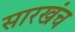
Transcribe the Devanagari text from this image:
सारखंच